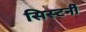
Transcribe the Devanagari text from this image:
सिस्टर्नी